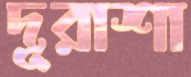
দূরাশা